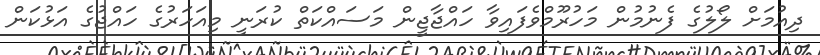
ދިއުމަށް ލޯލުގެ ފެނުމުން މަހުރޫމްވެފައިވާ ހައްޖާޖީން މަސައްކަތް ކުރަނީ މިއަހަރުގެ ހައްޖުގެ އަޅުކަން